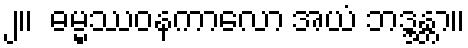
၂။  ဓမ္မဿဝနကာလော အယံ ဘဒ္ဒန္တာ။